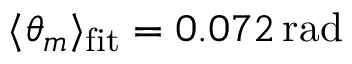
\langle \theta _ { m } \rangle _ { \mathrm { f i t } } = 0 . 0 7 2 \, \mathrm { r a d }